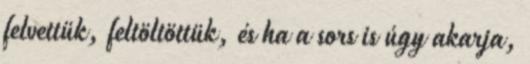
felvettük, feltöltöttük, és ha a sors is úgy akarja,